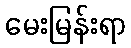
မေးမြန်းရာ